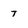
Character: 7